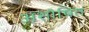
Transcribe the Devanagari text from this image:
अशोषित